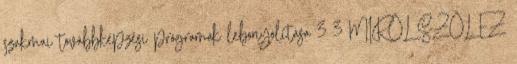
szakmai továbbképzési programok lebonyolítása 3 3 MIRŐL SZÓL EZ